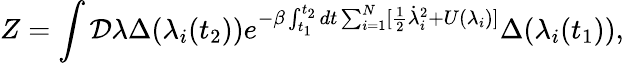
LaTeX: Z=\int{\cal D}\lambda\Delta(\lambda_{i}(t_{2}))e^{-\beta\int_{t_{1}}^{t_{2}}dt\sum_{i=1}^{N}[\frac{1}{2}\dot{\lambda}_{i}^{2}+U(\lambda_{i})]}\Delta(\lambda_{i}(t_{1})),